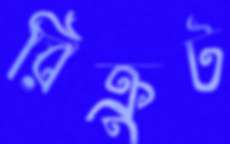
রিক্রুট